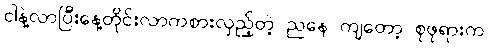
ငါနဲ့လာပြီးနေ့တိုင်းလာကစားလှည့်တဲ့ ညနေ ကျတော့ စုဖုရားက